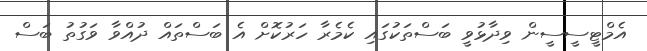
އެމްޓީސީސީން ވިދާޅުވީ ބަސްތަކުގައި ކެމެރާ ހަރުކޮށް އެ ބަސްތައް ދުއްވާ ވަގުތު ބަސް